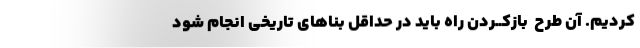
کردیم. آن طرح ِ بازکــردن راه باید در حداقل بناهای تاریخی انجام شود